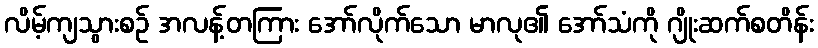
လိမ့်ကျသွားစဉ် အလန့်တကြား အော်လိုက်သော မာလု၏ အော်သံကို ဂျိုးဆက်စတိန်း